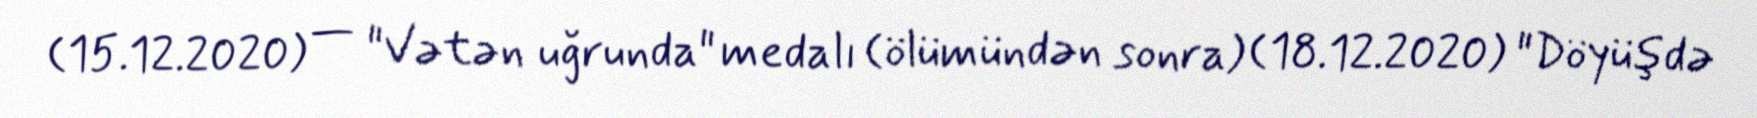
(15.12.2020) — "Vətən uğrunda" medalı (ölümündən sonra) (18.12.2020) "Döyüşdə